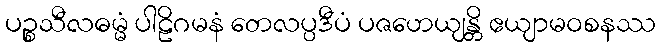
ပဉ္စသီလဓမ္မံ ပါဠိဂမနံ တေလပ္ပဒီပံ ပဇဟေယျန္တိ ဧယျာမဝစနဿ